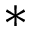
\ast